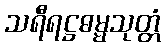
သရီရဋ္ဌဓမ္မသုတ္တံ